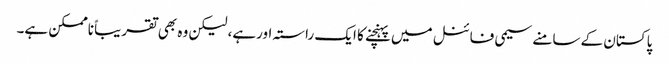
پاکستان کے سامنے سیمی فائنل میں پہنچنے کا ایک راستہ اورہے، لیکن وہ بھی تقریباً ناممکن ہے۔